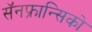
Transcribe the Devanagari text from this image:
सॅनफ्रान्सिको